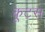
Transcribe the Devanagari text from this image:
कूटस